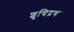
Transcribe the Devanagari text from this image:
शुचिद्रथ